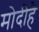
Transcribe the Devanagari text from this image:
मोदीहै